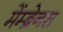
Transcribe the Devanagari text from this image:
मेंम्ब्रेनस